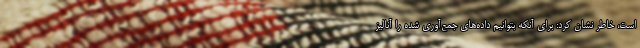
است، خاطر نشان کرد: برای آنکه بتوانیم داده‌های جمع‌آوری شده را آنالیز